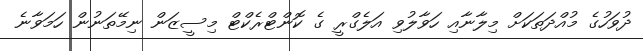
ދުވަހުގެ މުއްދަތަކަށް މިލާނާއި ހަވާލުވި އަލެގްރީ ގެ ކޮންޓްރެކްޓް މިސީޒަން ނިމޭތަނުން ހަމަވާނެ